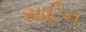
સાટિન